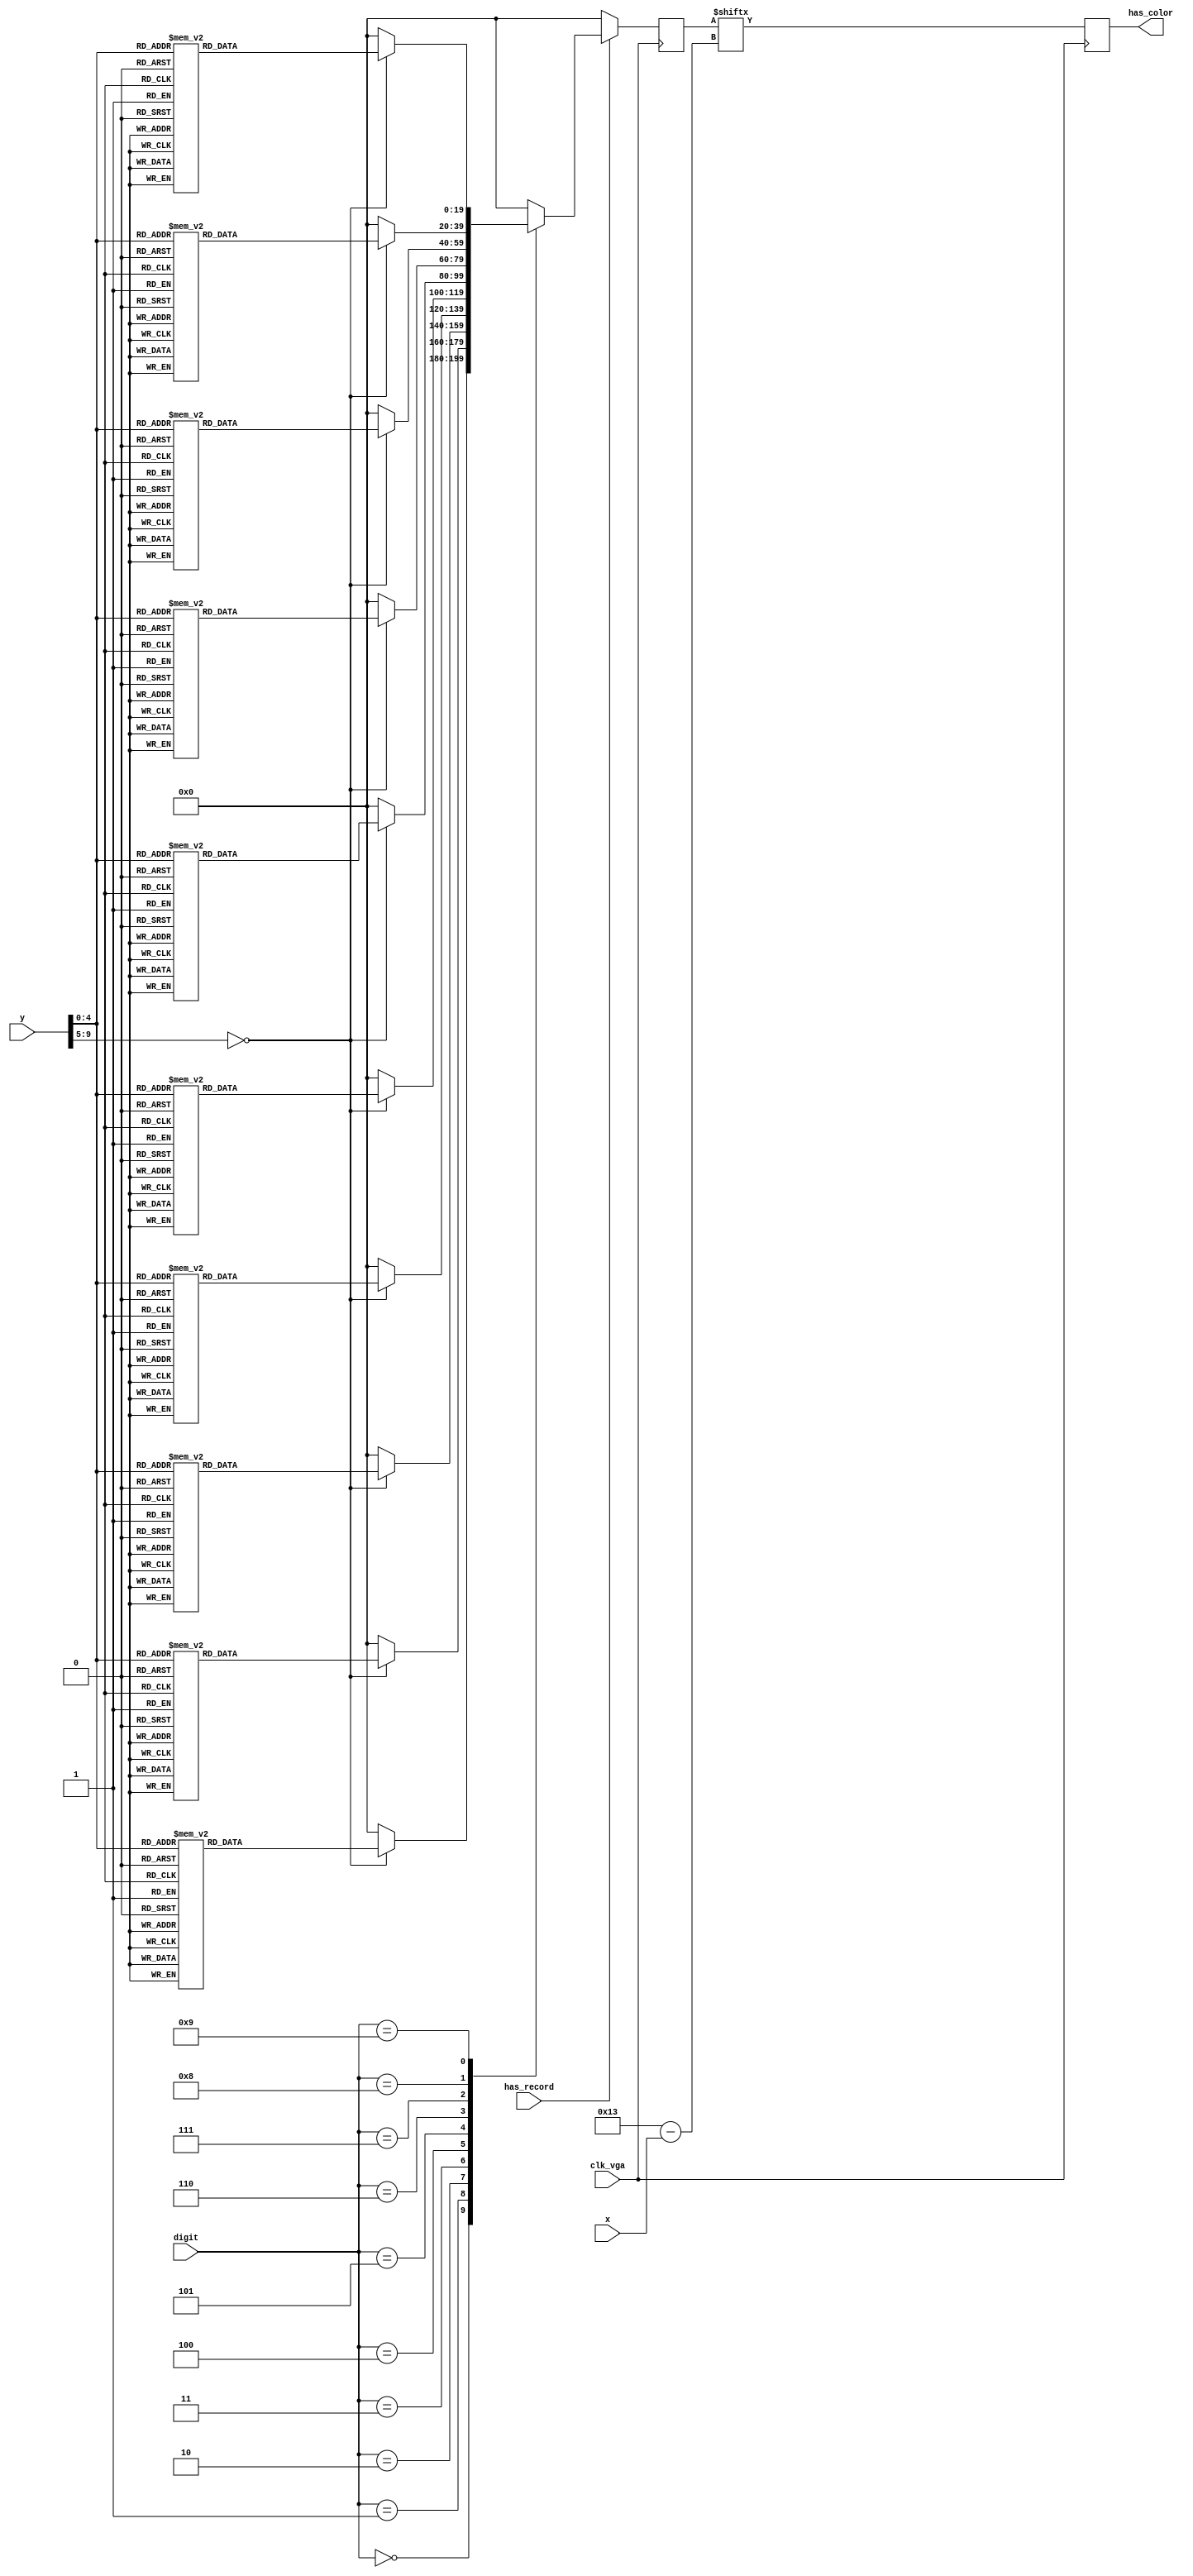
module num_switch (
    input clk_vga,
    input has_record,
    input [3:0] digit,
    input [9:0]y,
    input [9:0]x,
    output reg has_color
);
reg [19:0] num_line;
always @(posedge clk_vga) begin
    case (has_record)
        1'b1: 
        begin
        case (digit)
            4'b0000:
            begin
                case (y)
                     0: num_line<=20'b00000000000000000000;
                     1: num_line<=20'b00000000000000000000;
                     2: num_line<=20'b00000000000000000000;
                     3: num_line<=20'b00000000000000000000;
                     4: num_line<=20'b00000000000000000000;
                     5: num_line<=20'b00000000000000000000;
                     6: num_line<=20'b00000000000000000000;
                     7: num_line<=20'b00000000000000000000;
                     8: num_line<=20'b00000000000000000000;
                     9: num_line<=20'b00001100000000000000;
                    10: num_line<=20'b00011100000000000000;
                    11: num_line<=20'b00111111000000000000;
                    12: num_line<=20'b01111111000000000000;
                    13: num_line<=20'b01111111000000000000;
                    14: num_line<=20'b01110111100000000000;
                    15: num_line<=20'b01100011100000000000;
                    16: num_line<=20'b01100011100000000000;
                    17: num_line<=20'b01100011100000000000;
                    18: num_line<=20'b01100011100000000000;
                    19: num_line<=20'b01100001100000000000;
                    20: num_line<=20'b01100001100000000000;
                    21: num_line<=20'b01100001100000000000;
                    22: num_line<=20'b01100001100000000000;
                    23: num_line<=20'b01100001100000000000;
                    24: num_line<=20'b01100011100000000000;
                    25: num_line<=20'b01100011100000000000;
                    26: num_line<=20'b01100011100000000000;
                    27: num_line<=20'b01110011100000000000;
                    28: num_line<=20'b01110111100000000000;
                    29: num_line<=20'b01110111100000000000;
                    30: num_line<=20'b01111111000000000000;
                    31: num_line<=20'b00111110000000000000;
                    default: num_line<=20'b00000000000000000000;
                endcase
            end
            4'b0001: //1
            begin
                case (y)
                     0: num_line<=20'b00000000000000000000;
                     1: num_line<=20'b00000000000000000000;
                     2: num_line<=20'b00000000000000000000;
                     3: num_line<=20'b00000000000000000000;
                     4: num_line<=20'b00000000000000000000;
                     5: num_line<=20'b00000000000000000000;
                     6: num_line<=20'b00000000000000000000;
                     7: num_line<=20'b00000000000000000000;
                     8: num_line<=20'b00000000000000000000;
                     9: num_line<=20'b00001100000000000000;
                    10: num_line<=20'b00001100000000000000;
                    11: num_line<=20'b00011100000000000000;
                    12: num_line<=20'b00111100000000000000;
                    13: num_line<=20'b00111100000000000000;
                    14: num_line<=20'b01111100000000000000;
                    15: num_line<=20'b01111100000000000000;
                    16: num_line<=20'b01111100000000000000;
                    17: num_line<=20'b01111100000000000000;
                    18: num_line<=20'b00011100000000000000;
                    19: num_line<=20'b00011100000000000000;
                    20: num_line<=20'b00011100000000000000;
                    21: num_line<=20'b00011100000000000000;
                    22: num_line<=20'b00011100000000000000;
                    23: num_line<=20'b00011100000000000000;
                    24: num_line<=20'b00011100000000000000;
                    25: num_line<=20'b00011100000000000000;
                    26: num_line<=20'b00011100000000000000;
                    27: num_line<=20'b00011100000000000000;
                    28: num_line<=20'b00011110000000000000;
                    29: num_line<=20'b00011110000000000000;
                    30: num_line<=20'b00111111000000000000;
                    31: num_line<=20'b00111111000000000000;
                    default: num_line<=20'b00000000000000000000;
                endcase
            end
            4'd2: begin //2
                case (y)
                     0: num_line<=20'b00000000000000000000;
                     1: num_line<=20'b00000000000000000000;
                     2: num_line<=20'b00000000000000000000;
                     3: num_line<=20'b00000000000000000000;
                     4: num_line<=20'b00000000000000000000;
                     5: num_line<=20'b00000000000000000000;
                     6: num_line<=20'b00000000000000000000;
                     7: num_line<=20'b00000000000000000000;
                     8: num_line<=20'b00000000000000000000;
                     9: num_line<=20'b00011100000000000000;
                    10: num_line<=20'b00011110000000000000;
                    11: num_line<=20'b00111111000000000000;
                    12: num_line<=20'b01111111100000000000;
                    13: num_line<=20'b01111111100000000000;
                    14: num_line<=20'b01111111100000000000;
                    15: num_line<=20'b01100011100000000000;
                    16: num_line<=20'b01100011100000000000;
                    17: num_line<=20'b01100011100000000000;
                    18: num_line<=20'b00000011100000000000;
                    19: num_line<=20'b00000111100000000000;
                    20: num_line<=20'b00001111100000000000;
                    21: num_line<=20'b00001111000000000000;
                    22: num_line<=20'b00001111000000000000;
                    23: num_line<=20'b00011110000000000000;
                    24: num_line<=20'b00011110000000000000;
                    25: num_line<=20'b00111100100000000000;
                    26: num_line<=20'b00111000100000000000;
                    27: num_line<=20'b01111001100000000000;
                    28: num_line<=20'b01111111100000000000;
                    29: num_line<=20'b01111111100000000000;
                    30: num_line<=20'b01111111100000000000;
                    31: num_line<=20'b01111111100000000000;
                    default: num_line<=20'b00000000000000000000;
                endcase
            end
            4'b0011:begin
                case (y)
                     0: num_line<=20'b00000000000000000000;
                     1: num_line<=20'b00000000000000000000;
                     2: num_line<=20'b00000000000000000000;
                     3: num_line<=20'b00000000000000000000;
                     4: num_line<=20'b00000000000000000000;
                     5: num_line<=20'b00000000000000000000;
                     6: num_line<=20'b00000000000000000000;
                     7: num_line<=20'b00000000000000000000;
                     8: num_line<=20'b00000000000000000000;
                     9: num_line<=20'b00001110000000000000;
                    10: num_line<=20'b00001110000000000000;
                    11: num_line<=20'b00111111000000000000;
                    12: num_line<=20'b01111111000000000000;
                    13: num_line<=20'b01111111000000000000;
                    14: num_line<=20'b01111111000000000000;
                    15: num_line<=20'b01100111000000000000;
                    16: num_line<=20'b01100111000000000000;
                    17: num_line<=20'b01001111000000000000;
                    18: num_line<=20'b00001110000000000000;
                    19: num_line<=20'b00011111100000000000;
                    20: num_line<=20'b00011111100000000000;
                    21: num_line<=20'b00011111100000000000;
                    22: num_line<=20'b00011111100000000000;
                    23: num_line<=20'b00000011100000000000;
                    24: num_line<=20'b00000011100000000000;
                    25: num_line<=20'b00000011100000000000;
                    26: num_line<=20'b00000011100000000000;
                    27: num_line<=20'b00000011100000000000;
                    28: num_line<=20'b01110111100000000000;
                    29: num_line<=20'b01110111100000000000;
                    30: num_line<=20'b01111111000000000000;
                    31: num_line<=20'b01111110000000000000;
                    default: num_line<=20'b00000000000000000000;
                endcase
            end 
            4'b0100: begin
                case (y)
                     0: num_line<=20'b00000000000000000000;
                     1: num_line<=20'b00000000000000000000;
                     2: num_line<=20'b00000000000000000000;
                     3: num_line<=20'b00000000000000000000;
                     4: num_line<=20'b00000000000000000000;
                     5: num_line<=20'b00000000000000000000;
                     6: num_line<=20'b00000000000000000000;
                     7: num_line<=20'b00000000000000000000;
                     8: num_line<=20'b00000000000000000000;
                     9: num_line<=20'b00000011000000000000;
                    10: num_line<=20'b00000011000000000000;
                    11: num_line<=20'b00000111000000000000;
                    12: num_line<=20'b00001111000000000000;
                    13: num_line<=20'b00001111000000000000;
                    14: num_line<=20'b00001111000000000000;
                    15: num_line<=20'b00011111000000000000;
                    16: num_line<=20'b00011111000000000000;
                    17: num_line<=20'b00111111000000000000;
                    18: num_line<=20'b00111111000000000000;
                    19: num_line<=20'b00111111000000000000;
                    20: num_line<=20'b01110111000000000000;
                    21: num_line<=20'b01110111000000000000;
                    22: num_line<=20'b01110111000000000000;
                    23: num_line<=20'b01111111110000000000;
                    24: num_line<=20'b01111111110000000000;
                    25: num_line<=20'b01111111110000000000;
                    26: num_line<=20'b01111111110000000000;
                    27: num_line<=20'b01111111110000000000;
                    28: num_line<=20'b00000111000000000000;
                    29: num_line<=20'b00000111000000000000;
                    30: num_line<=20'b00000111000000000000;
                    31: num_line<=20'b00000111000000000000;
                    default: num_line<=20'b00000000000000000000;
                endcase
            end
            4'b0101: begin
                case (y)
                     0: num_line<=20'b00000000000000000000;
                     1: num_line<=20'b00000000000000000000;
                     2: num_line<=20'b00000000000000000000;
                     3: num_line<=20'b00000000000000000000;
                     4: num_line<=20'b00000000000000000000;
                     5: num_line<=20'b00000000000000000000;
                     6: num_line<=20'b00000000000000000000;
                     7: num_line<=20'b00000000000000000000;
                     8: num_line<=20'b00000000000000000000;
                     9: num_line<=20'b00111111000000000000;
                    10: num_line<=20'b00111111000000000000;
                    11: num_line<=20'b00111111000000000000;
                    12: num_line<=20'b00111111000000000000;
                    13: num_line<=20'b00111111000000000000;
                    14: num_line<=20'b00111111000000000000;
                    15: num_line<=20'b00110000000000000000;
                    16: num_line<=20'b00110000000000000000;
                    17: num_line<=20'b00111110000000000000;
                    18: num_line<=20'b00111110000000000000;
                    19: num_line<=20'b00111111000000000000;
                    20: num_line<=20'b00111111100000000000;
                    21: num_line<=20'b00111111100000000000;
                    22: num_line<=20'b00111111100000000000;
                    23: num_line<=20'b00000011100000000000;
                    24: num_line<=20'b00000011100000000000;
                    25: num_line<=20'b00000011100000000000;
                    26: num_line<=20'b00000011100000000000;
                    27: num_line<=20'b00000011100000000000;
                    28: num_line<=20'b01110111100000000000;
                    29: num_line<=20'b01110111100000000000;
                    30: num_line<=20'b01111111000000000000;
                    31: num_line<=20'b01111111000000000000;
                    default: num_line<=20'b00000000000000000000;
                endcase
            end
            4'b0110:begin
                case (y)
                     0: num_line<=20'b00000000000000000000;
                     1: num_line<=20'b00000000000000000000;
                     2: num_line<=20'b00000000000000000000;
                     3: num_line<=20'b00000000000000000000;
                     4: num_line<=20'b00000000000000000000;
                     5: num_line<=20'b00000000000000000000;
                     6: num_line<=20'b00000000000000000000;
                     7: num_line<=20'b00000000000000000000;
                     8: num_line<=20'b00000000000000000000;
                     9: num_line<=20'b00000001000000000000;
                    10: num_line<=20'b00000011000000000000;
                    11: num_line<=20'b00001111000000000000;
                    12: num_line<=20'b00011111000000000000;
                    13: num_line<=20'b00011111000000000000;
                    14: num_line<=20'b00111110000000000000;
                    15: num_line<=20'b00111100000000000000;
                    16: num_line<=20'b01111100000000000000;
                    17: num_line<=20'b01111000000000000000;
                    18: num_line<=20'b01110000000000000000;
                    19: num_line<=20'b01111111000000000000;
                    20: num_line<=20'b01111111100000000000;
                    21: num_line<=20'b01111111100000000000;
                    22: num_line<=20'b01101111100000000000;
                    23: num_line<=20'b01100011100000000000;
                    24: num_line<=20'b01100011100000000000;
                    25: num_line<=20'b01100011100000000000;
                    26: num_line<=20'b01100011100000000000;
                    27: num_line<=20'b01110011100000000000;
                    28: num_line<=20'b01110111100000000000;
                    29: num_line<=20'b01110111100000000000;
                    30: num_line<=20'b01111111100000000000;
                    31: num_line<=20'b00111111000000000000;
                    default: num_line<=20'b00000000000000000000;
                endcase
            end 
            4'b0111: begin
                case (y)
                     0: num_line<=20'b00000000000000000000;
                     1: num_line<=20'b00000000000000000000;
                     2: num_line<=20'b00000000000000000000;
                     3: num_line<=20'b00000000000000000000;
                     4: num_line<=20'b00000000000000000000;
                     5: num_line<=20'b00000000000000000000;
                     6: num_line<=20'b00000000000000000000;
                     7: num_line<=20'b00000000000000000000;
                     8: num_line<=20'b00000000000000000000;
                     9: num_line<=20'b01111111100000000000;
                    10: num_line<=20'b01111111100000000000;
                    11: num_line<=20'b01111111100000000000;
                    12: num_line<=20'b01111111100000000000;
                    13: num_line<=20'b01111111100000000000;
                    14: num_line<=20'b01111111100000000000;
                    15: num_line<=20'b01000011100000000000;
                    16: num_line<=20'b01000011100000000000;
                    17: num_line<=20'b00000111000000000000;
                    18: num_line<=20'b00000111000000000000;
                    19: num_line<=20'b00000111000000000000;
                    20: num_line<=20'b00000110000000000000;
                    21: num_line<=20'b00000110000000000000;
                    22: num_line<=20'b00001110000000000000;
                    23: num_line<=20'b00001110000000000000;
                    24: num_line<=20'b00001110000000000000;
                    25: num_line<=20'b00001100000000000000;
                    26: num_line<=20'b00001100000000000000;
                    27: num_line<=20'b00011100000000000000;
                    28: num_line<=20'b00011100000000000000;
                    29: num_line<=20'b00011100000000000000;
                    30: num_line<=20'b00011000000000000000;
                    31: num_line<=20'b00011000000000000000;
                    default: num_line<=20'b00000000000000000000;
                endcase
            end
            4'b1000: begin
                case (y)
                     0: num_line<=20'b00000000000000000000;
                     1: num_line<=20'b00000000000000000000;
                     2: num_line<=20'b00000000000000000000;
                     3: num_line<=20'b00000000000000000000;
                     4: num_line<=20'b00000000000000000000;
                     5: num_line<=20'b00000000000000000000;
                     6: num_line<=20'b00000000000000000000;
                     7: num_line<=20'b00000000000000000000;
                     8: num_line<=20'b00000000000000000000;
                     9: num_line<=20'b00011110000000000000;
                    10: num_line<=20'b00011110000000000000;
                    11: num_line<=20'b00111111000000000000;
                    12: num_line<=20'b01111111100000000000;
                    13: num_line<=20'b01111111100000000000;
                    14: num_line<=20'b01110011100000000000;
                    15: num_line<=20'b01110011100000000000;
                    16: num_line<=20'b01110011100000000000;
                    17: num_line<=20'b01111111100000000000;
                    18: num_line<=20'b01111111100000000000;
                    19: num_line<=20'b01111111100000000000;
                    20: num_line<=20'b01111111000000000000;
                    21: num_line<=20'b00111111100000000000;
                    22: num_line<=20'b01111111100000000000;
                    23: num_line<=20'b01111111100000000000;
                    24: num_line<=20'b01111111100000000000;
                    25: num_line<=20'b01110011100000000000;
                    26: num_line<=20'b01100001100000000000;
                    27: num_line<=20'b01110011100000000000;
                    28: num_line<=20'b01111111100000000000;
                    29: num_line<=20'b01111111100000000000;
                    30: num_line<=20'b01111111100000000000;
                    31: num_line<=20'b00111111000000000000;
                    default: num_line<=20'b00000000000000000000;
                endcase
            end
            4'b1001: begin
                case (y)
                     0: num_line<=20'b00000000000000000000;
                     1: num_line<=20'b00000000000000000000;
                     2: num_line<=20'b00000000000000000000;
                     3: num_line<=20'b00000000000000000000;
                     4: num_line<=20'b00000000000000000000;
                     5: num_line<=20'b00000000000000000000;
                     6: num_line<=20'b00000000000000000000;
                     7: num_line<=20'b00000000000000000000;
                     8: num_line<=20'b00000000000000000000;
                     9: num_line<=20'b00011100000000000000;
                    10: num_line<=20'b00011100000000000000;
                    11: num_line<=20'b01111111000000000000;
                    12: num_line<=20'b01111111000000000000;
                    13: num_line<=20'b01111111000000000000;
                    14: num_line<=20'b01110111100000000000;
                    15: num_line<=20'b01100011100000000000;
                    16: num_line<=20'b01100011100000000000;
                    17: num_line<=20'b01100011100000000000;
                    18: num_line<=20'b01100011100000000000;
                    19: num_line<=20'b01110011100000000000;
                    20: num_line<=20'b01111111100000000000;
                    21: num_line<=20'b01111111100000000000;
                    22: num_line<=20'b01111111100000000000;
                    23: num_line<=20'b01111111100000000000;
                    24: num_line<=20'b00111111100000000000;
                    25: num_line<=20'b00000111100000000000;
                    26: num_line<=20'b00000111000000000000;
                    27: num_line<=20'b00001111000000000000;
                    28: num_line<=20'b00111110000000000000;
                    29: num_line<=20'b00111110000000000000;
                    30: num_line<=20'b01111100000000000000;
                    31: num_line<=20'b01111000000000000000;
                    default: num_line<=20'b00000000000000000000;
                endcase
            end
            default: num_line<=20'b00000000000000000000;
        endcase
        end
        default: num_line<=20'b00000000000000000000;
    endcase     
    end
    always @(posedge clk_vga) begin
        has_color <= num_line[10'd19-x];
    end
endmodule